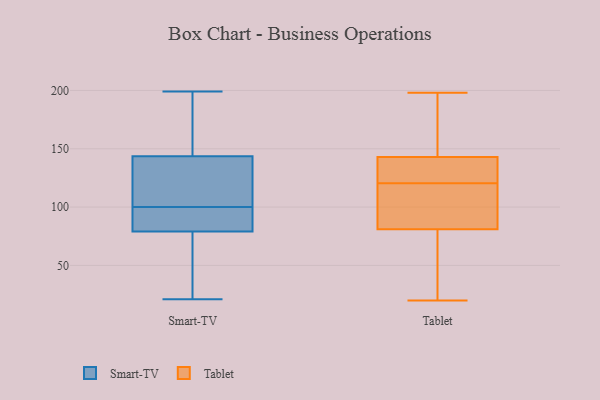
{"axis": {"x": "LTV (USD)", "y": "Value"}, "legend": ["Smart-TV", "Tablet"], "data": [{"x": "", "y": 21, "type": "Smart-TV"}, {"x": "", "y": 86, "type": "Smart-TV"}, {"x": "", "y": 153, "type": "Smart-TV"}, {"x": "", "y": 77, "type": "Smart-TV"}, {"x": "", "y": 27, "type": "Smart-TV"}, {"x": "", "y": 100, "type": "Smart-TV"}, {"x": "", "y": 186, "type": "Smart-TV"}, {"x": "", "y": 85, "type": "Smart-TV"}, {"x": "", "y": 109, "type": "Smart-TV"}, {"x": "", "y": 115, "type": "Smart-TV"}, {"x": "", "y": 199, "type": "Smart-TV"}, {"x": "", "y": 56, "type": "Tablet"}, {"x": "", "y": 146, "type": "Tablet"}, {"x": "", "y": 198, "type": "Tablet"}, {"x": "", "y": 140, "type": "Tablet"}, {"x": "", "y": 102, "type": "Tablet"}, {"x": "", "y": 133, "type": "Tablet"}, {"x": "", "y": 112, "type": "Tablet"}, {"x": "", "y": 157, "type": "Tablet"}, {"x": "", "y": 117, "type": "Tablet"}, {"x": "", "y": 183, "type": "Tablet"}, {"x": "", "y": 65, "type": "Tablet"}, {"x": "", "y": 55, "type": "Tablet"}, {"x": "", "y": 20, "type": "Tablet"}, {"x": "", "y": 195, "type": "Tablet"}, {"x": "", "y": 124, "type": "Tablet"}, {"x": "", "y": 97, "type": "Tablet"}, {"x": "", "y": 140, "type": "Tablet"}, {"x": "", "y": 102, "type": "Tablet"}, {"x": "", "y": 129, "type": "Tablet"}, {"x": "", "y": 50, "type": "Tablet"}]}